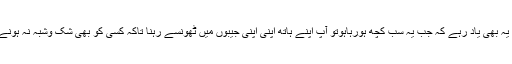
اور ہاں یہ بھی یاد رہے کہ جب یہ سب کچھ ہورہاہوتو آپ اپنے ہاتھ اپنی اپنی جیبوں میں ٹھونسے رہنا تاکہ کسی کو بھی شک وشبہ نہ ہونے پائے ۔